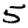
Digit: 5